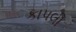
કાપલી